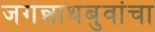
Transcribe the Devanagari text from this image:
जगन्नाथबुवांचा